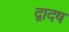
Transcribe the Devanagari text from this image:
द्वादष